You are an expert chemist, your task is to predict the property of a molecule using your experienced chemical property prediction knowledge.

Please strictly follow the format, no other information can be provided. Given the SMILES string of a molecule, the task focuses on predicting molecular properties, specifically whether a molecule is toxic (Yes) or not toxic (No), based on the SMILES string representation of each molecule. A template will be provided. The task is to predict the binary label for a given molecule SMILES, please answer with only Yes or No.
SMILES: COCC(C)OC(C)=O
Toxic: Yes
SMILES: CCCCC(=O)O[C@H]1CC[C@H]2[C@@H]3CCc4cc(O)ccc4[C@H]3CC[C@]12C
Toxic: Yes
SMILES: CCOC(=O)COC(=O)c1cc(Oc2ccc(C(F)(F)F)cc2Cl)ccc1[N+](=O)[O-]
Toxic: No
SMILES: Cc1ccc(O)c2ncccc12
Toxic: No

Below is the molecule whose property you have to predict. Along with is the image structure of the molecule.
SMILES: CCCCCCCCCCC[C@@H](C[C@@H]1OC(=O)[C@H]1CCCCCC)OC(=O)C(CC(C)C)NC=O
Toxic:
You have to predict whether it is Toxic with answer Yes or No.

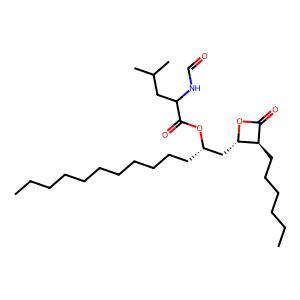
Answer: No